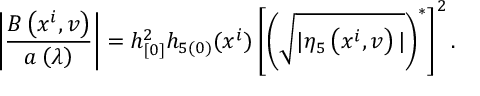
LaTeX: \left| \frac { B \left( x ^ { i } , v \right) } { a \left( \lambda \right) } \right| = h _ { [ 0 ] } ^ { 2 } h _ { 5 ( 0 ) } ( x ^ { i } ) \left[ \left( \sqrt { | \eta _ { 5 } \left( x ^ { i } , v \right) | } \right) ^ { \ast } \right] ^ { 2 } .